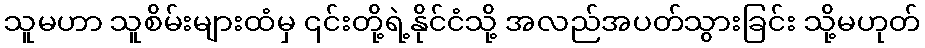
သူမဟာ သူစိမ်းများထံမှ ၎င်းတို့ရဲ့နိုင်ငံသို့ အလည်အပတ်သွားခြင်း သို့မဟုတ်